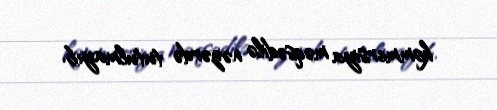
kommersiya məqsədilə nəzərdə tutulmayıb.